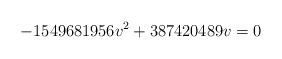
LaTeX: \begin{align*}-1549681956 v^2+387420489 v=0\end{align*}